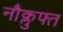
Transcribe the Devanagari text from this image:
नौक्लुफ्त